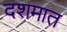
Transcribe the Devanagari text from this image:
दशमात